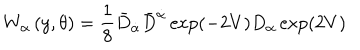
W _ { \alpha } \left( y , \theta \right) = \frac { 1 } { 8 } \bar { D } _ { \dot { \alpha } } \bar { D } ^ { \dot { \alpha } } \exp ( - 2 V ) D _ { \alpha } \exp ( 2 V )